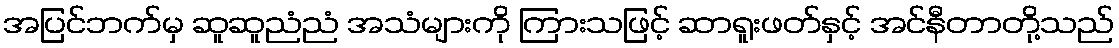
အပြင်ဘက်မှ ဆူဆူညံညံ အသံများကို ကြားသဖြင့် ဆာရူးဖတ်နှင့် အင်နီတာတို့သည်